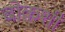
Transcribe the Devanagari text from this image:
बोकशी